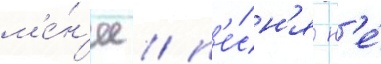
м'е́н'ее / п'е́сн'я н'е́